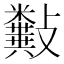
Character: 𣀰